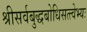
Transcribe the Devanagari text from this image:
श्रीसर्वबुद्धबोधिसत्त्वेभ्यः